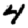
Digit: 4